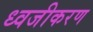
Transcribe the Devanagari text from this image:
ध्वजीकरण